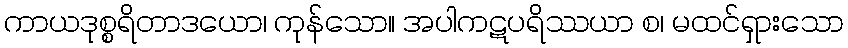
ကာယဒုစ္စရိတာဒယော၊ ကုန်သော။ အပါကဋပရိဿယာ စ၊ မထင်ရှားသော